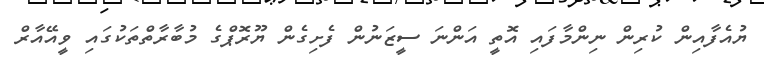
ޔުއެފާއިން ކުރިން ނިންމާފައި އޮތީ އަންނަ ސީޒަނުން ފެށިގެން ޔޫރޮޕްގެ މުބާރާތްތަކުގައި ވީއޭއާރް